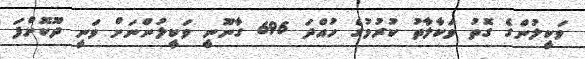
ވަކީލުންގެ ގޮތު ވަކާލާތު ކުރުމުގެ ހުއްދަ 696 ގާނޫނީ ވަކީލުންނަށް ވަނީ ދޫކޮށްފަ